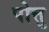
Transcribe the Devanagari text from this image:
पोत्तु